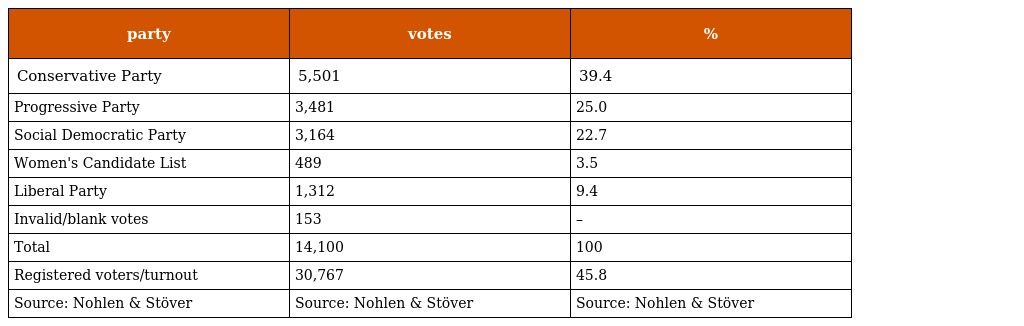
| party | votes | % |
 | --- | --- | --- |
 | Conservative Party | 5,501 | 39.4 |
 | Progressive Party | 3,481 | 25.0 |
 | Social Democratic Party | 3,164 | 22.7 |
 | Women's Candidate List | 489 | 3.5 |
 | Liberal Party | 1,312 | 9.4 |
 | Invalid/blank votes | 153 | – |
 | Total | 14,100 | 100 |
 | Registered voters/turnout | 30,767 | 45.8 |
 | Source: Nohlen & Stöver | Source: Nohlen & Stöver | Source: Nohlen & Stöver |